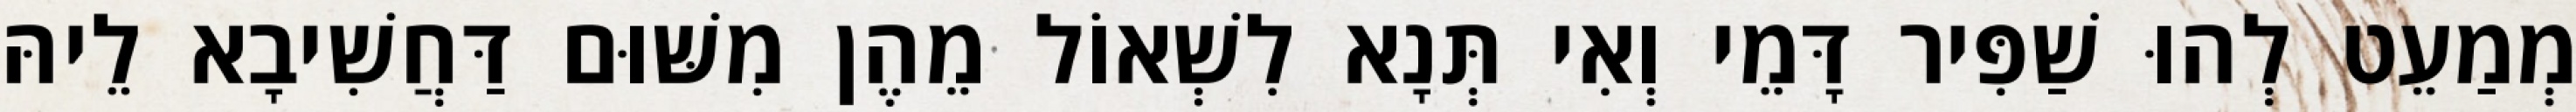
מְמַעֵט לְהוּ שַׁפִּיר דָּמֵי וְאִי תְּנָא לִשְׁאוֹל מֵהֶן מִשּׁוּם דַּחֲשִׁיבָא לֵיהּ